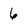
Character: 6